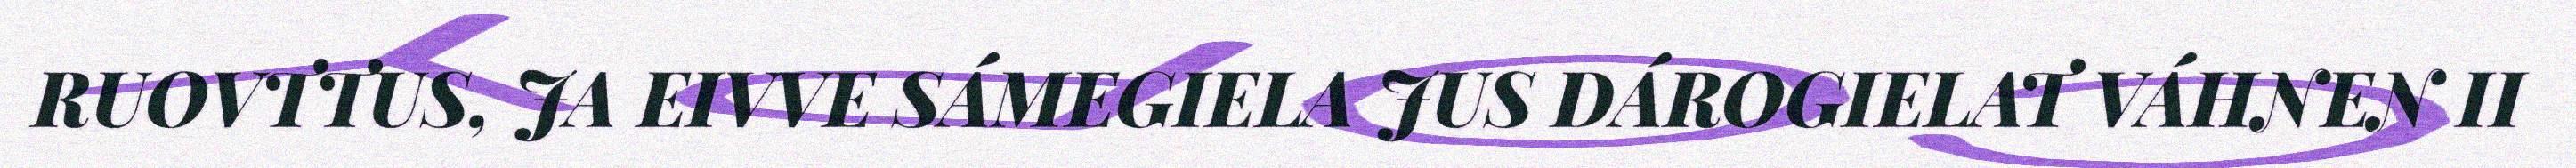
RUOVTTUS, JA EIVVE SÁMEGIELA JUS DÁROGIELAT VÁHNEN II